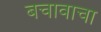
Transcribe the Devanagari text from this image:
बचावाचा